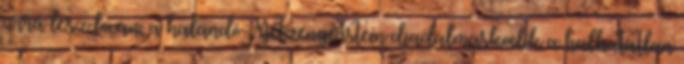
úrrá lesz lován, a halandó Metzengerstein diadalmaskodik a halhatatlan